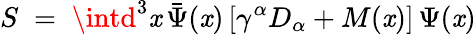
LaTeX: S\; =\; \intd^{3}\mathit{x}\, {\bar{{\Psi}}}(\mathit{x})\, [\gamma^{\alpha}D_{\alpha}+M(\mathit{x})]\, \Psi(\mathit{x})